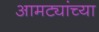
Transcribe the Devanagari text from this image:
आमट्यांच्या